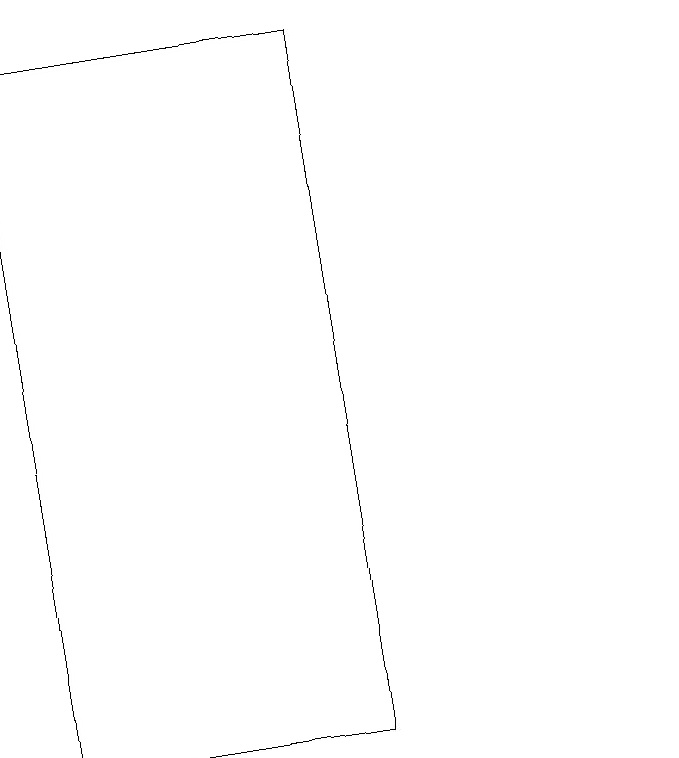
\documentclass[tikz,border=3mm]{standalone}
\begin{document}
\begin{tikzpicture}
\draw (10,12) circle (0);
\draw (6,13) rectangle (6,14);
\draw (6,10) rectangle (2,19);
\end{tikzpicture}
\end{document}